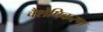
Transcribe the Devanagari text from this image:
वैशेषिकरण